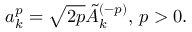
a _ { k } ^ { p } = \sqrt { 2 p } \tilde { A } _ { k } ^ { ( - p ) } , \, p > 0 .